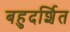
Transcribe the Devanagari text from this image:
बहुदर्शित